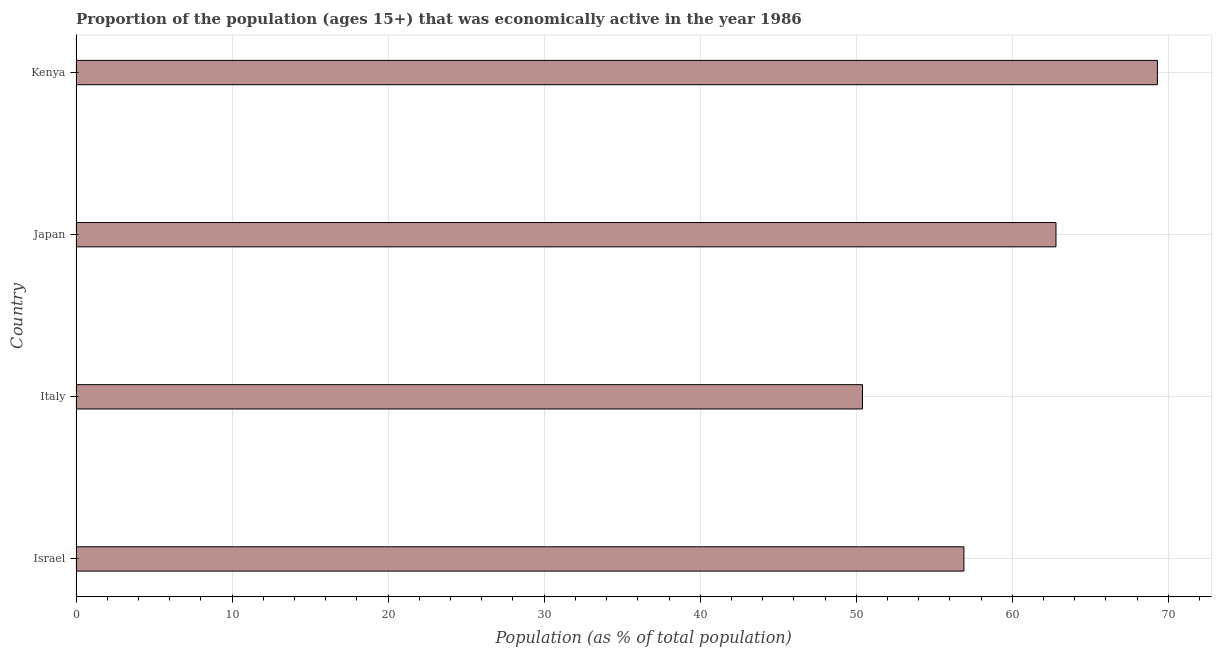
| Country | Labor force participation rate total |
 | --- | --- |
 | Israel | 56.9 |
 | Italy | 50.4 |
 | Japan | 62.8 |
 | Kenya | 69.3 |